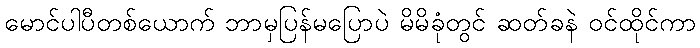
မောင်ပါပီတစ်ယောက် ဘာမှပြန်မပြောပဲ မိမိခုံတွင် ဆတ်ခနဲ ဝင်ထိုင်ကာ